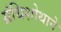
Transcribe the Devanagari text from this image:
ग्रंथिशोथाने